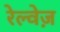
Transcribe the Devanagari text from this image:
रेल्वेज़